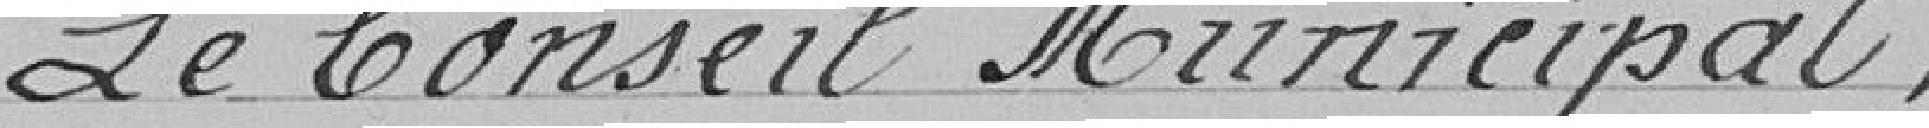
Le Conseil Municipal